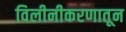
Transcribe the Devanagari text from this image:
विलीनीकरणातून